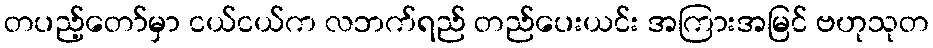
တပည့်တော်မှာ ငယ်ငယ်က လဘက်ရည် တည်ပေးယင်း အကြားအမြင် ဗဟုသုတ